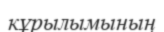
кұрылымының